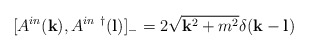
\begin{align*}[A^{in}({\bf k}), A^{in~\dagger}({\bf l})]_-=2\sqrt{{\bf k}^2+m^2}\delta({\bf k}-{\bf l})\end{align*}